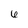
Character: 6